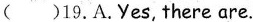
( )19.A.Yes,there are.